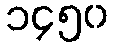
၁၄၅၀